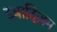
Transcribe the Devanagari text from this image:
इबादिज़म